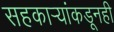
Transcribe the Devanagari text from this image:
सहकार्‍यांकडूनही